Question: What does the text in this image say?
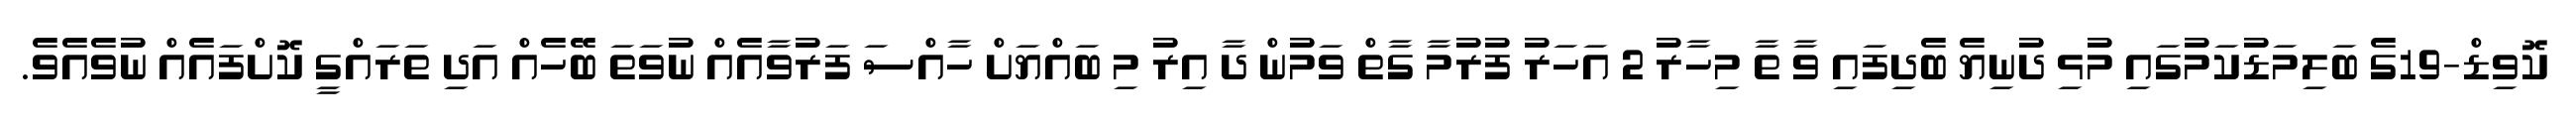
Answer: ކޮވިޑް-19ގެ ބަލިމަޑުކަމުގައި މުޅި ދުނިޔެ ބެދިފައި ވާ ތާ މިހާރު 2 އަހަރު ފުރުމާ ގާތް ވަމުން ދާ އިރު މި ބައްޔަށް ހާއްސަ ފަރުވާއެއް ނުވަތަ ބޭހެއް އަދި ތަރައްގީ ކޮށްފައެއް ނުވެއެވެ.